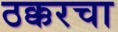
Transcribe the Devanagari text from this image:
ठक्करचा